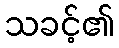
သခင့်၏